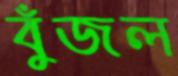
বুঁজল